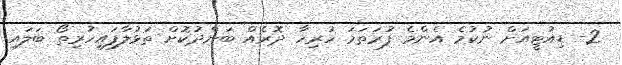
2- ޑިއުޓީއަށް ނުކުމެ އެންމެ ފުރަތަމަ ހުރިހާ ދޮރެއް ބަންދުކޮށް ތަޅުލާފައިހުރިތޯ ބަލައި